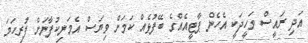
އަދި ރައީސް ވަހީދަކީ އެހެން ޕާޓީއެއްގެ ބޭފުޅެއް ކަމަށް ވިޔަސް އެމަނިކުފާނަށް ފުރިހަމަ